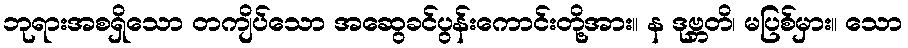
ဘုရားအစရှိသော တကျိပ်သော အဆွေခင်ပွန်းကောင်းတို့အား။ န ဒုဗ္ဘတိ၊ မပြစ်မှား။ သော